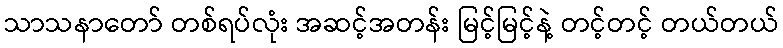
သာသနာတော် တစ်ရပ်လုံး အဆင့်အတန်း မြင့်မြင့်နဲ့ တင့်တင့် တယ်တယ်